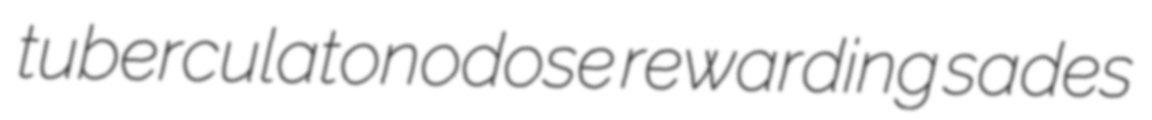
tuberculatonodose rewarding sades